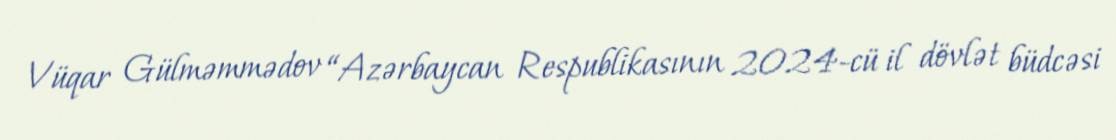
Vüqar Gülməmmədov “Azərbaycan Respublikasının 2024-cü il dövlət büdcəsi